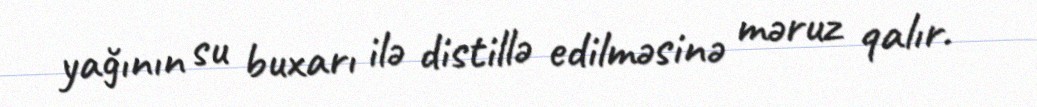
yağının su buxarı ilə distillə edilməsinə məruz qalır.